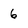
Character: 6